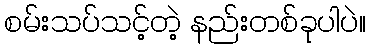
စမ်းသပ်သင့်တဲ့ နည်းတစ်ခုပါပဲ။